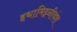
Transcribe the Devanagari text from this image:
इथामिइनीवंश